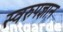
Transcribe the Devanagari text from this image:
स्वरुपज्ञान